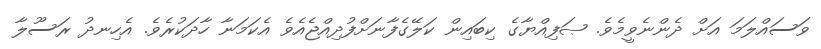
ވަސައްލަމަ އަށް ދެންނެވީމެވެ. ޞަފިއްޔާގެ ކިބައިން ކަލޭގެފާނަށްފުދިއްޖެއެވެ އެކަމަނާ ހާދަކުރެވެ. އެހިނދު ރަސޫލާ